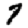
Digit: 7